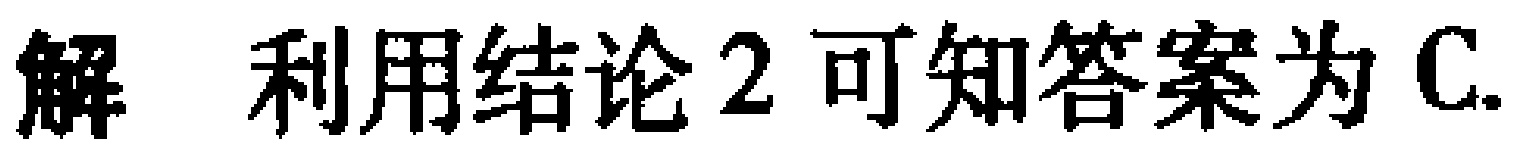
解 利用结论2可知答案为C.